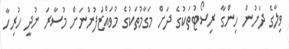
ވިލާގެ ދަށުން ހިންގާ ރިސޯޓުތަކުގެ ދަށް މަގާމުތަކުގެ މުވައްޒަފުންނަށް މުސާރަ ނުދީ ހުރިހާ